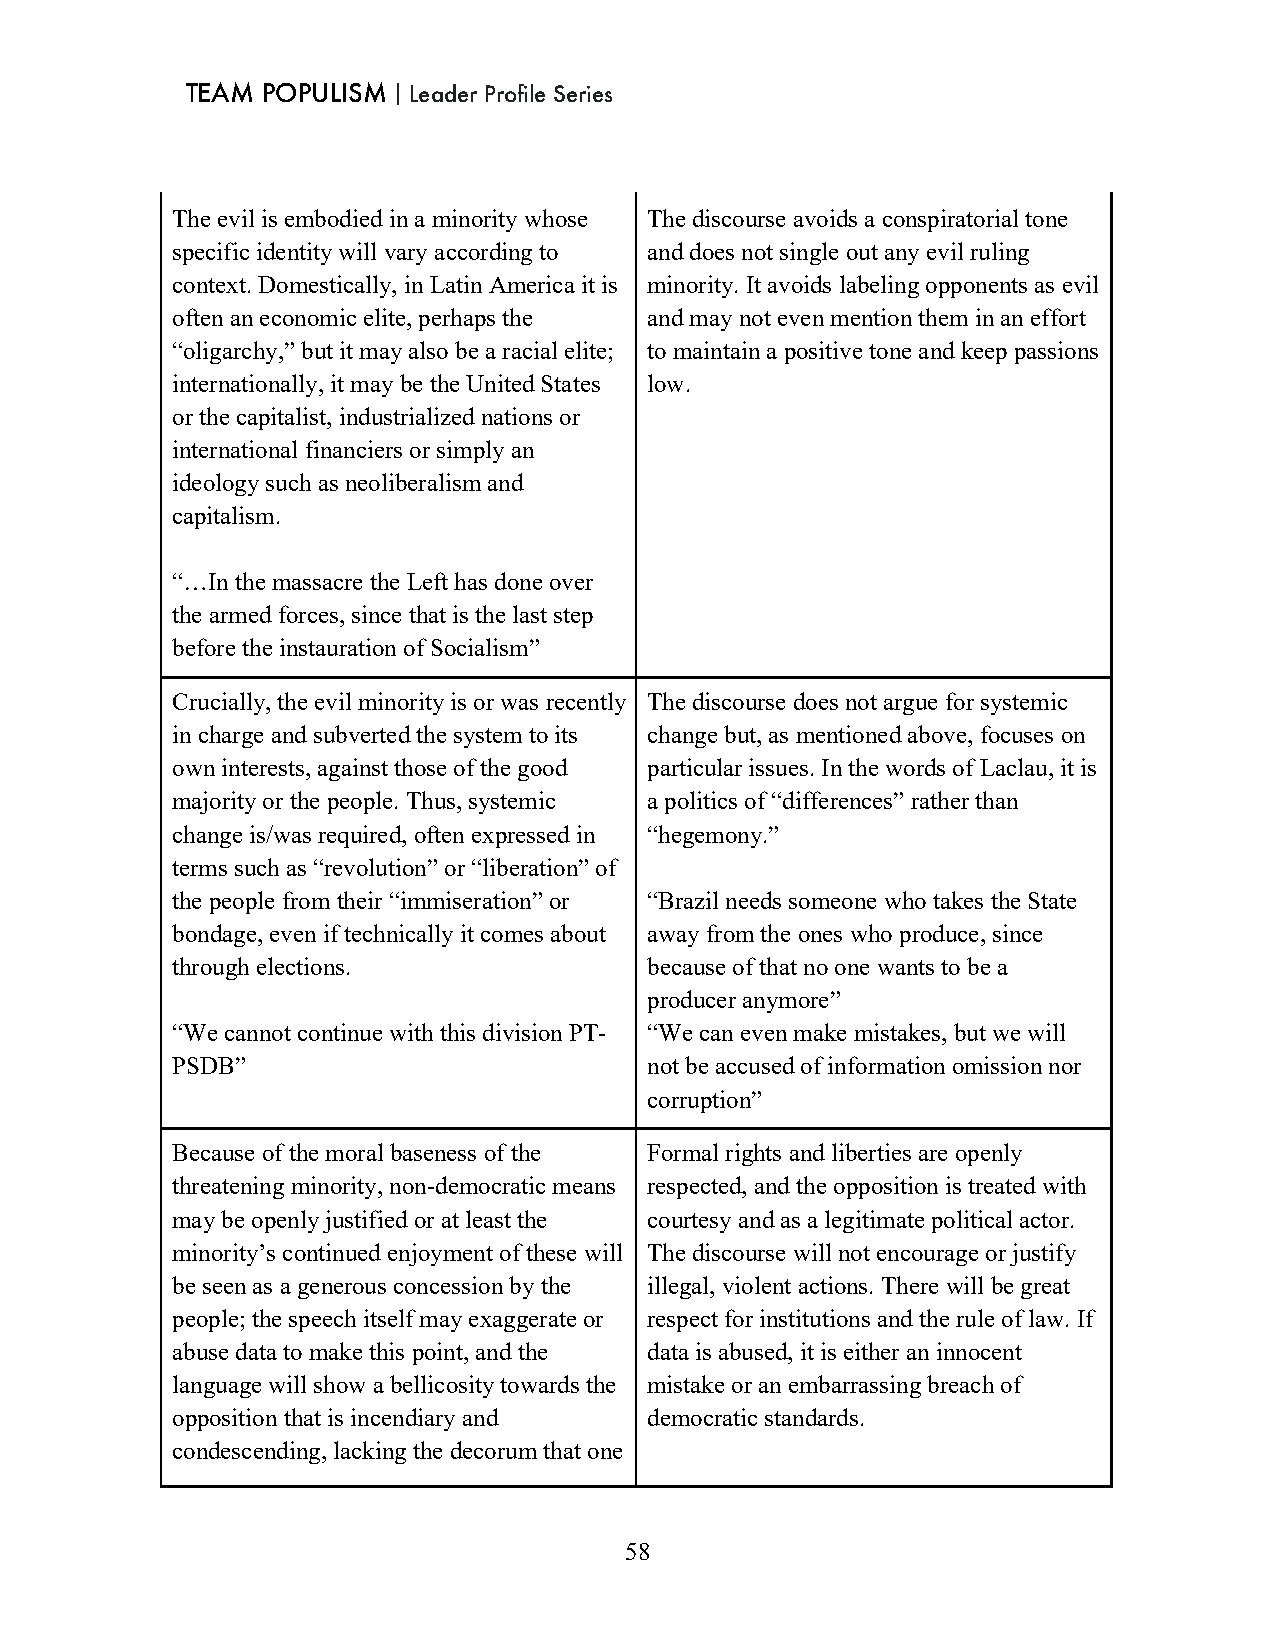
TEAM POPULISM｜Leader Profile Series
 The evil is embodied in a minority whose The discourse avoids a conspiratorial tone
 specific identity will vary according to and does not single out any evil ruling
 context. Domestically, in Latin America it is minority. It avoids labeling opponents as evil
 often an economic elite, perhaps the and may not even mention them in an effort
 “oligarchy,” but it may also be a racial elite; to maintain a positive tone and keep passions
 internationally, it may be the United States low.
 or the capitalist, industrialized nations or
 international financiers or simply an
 ideology such as neoliberalism and
 capitalism.
 “…In the massacre the Left has done over
 the armed forces, since that is the last step
 before the instauration of Socialism”
 Crucially, the evil minority is or was recently The discourse does not argue for systemic
 in charge and subverted the system to its change but, as mentioned above, focuses on
 own interests, against those of the good particular issues. In the words of Laclau, it is
 majority or the people. Thus, systemic a politics of “differences” rather than
 change is/was required, often expressed in “hegemony.”
 terms such as “revolution” or “liberation” of
 the people from their “immiseration” or “Brazil needs someone who takes the State
 bondage, even if technically it comes about away from the ones who produce, since
 through elections.              because of that no one wants to be a
 producer anymore”
 “We cannot continue with this division PT- “We can even make mistakes, but we will
 PSDB”                           not be accused of information omission nor
 corruption”
 Because of the moral baseness of the Formal rights and liberties are openly
 threatening minority, non-democratic means respected, and the opposition is treated with
 may be openly justified or at least the courtesy and as a legitimate political actor.
 minority’s continued enjoyment of these will The discourse will not encourage or justify
 be seen as a generous concession by the illegal, violent actions. There will be great
 people; the speech itself may exaggerate or respect for institutions and the rule of law. If
 abuse data to make this point, and the data is abused, it is either an innocent
 language will show a bellicosity towards the mistake or an embarrassing breach of
 opposition that is incendiary and democratic standards.
 condescending, lacking the decorum that one
 58